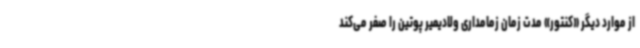
از موارد دیگر «کنتور» مدت زمان زمامداری ولادیمیر پوتین را صفر می‌کند